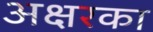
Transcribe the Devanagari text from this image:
अक्षरका